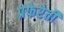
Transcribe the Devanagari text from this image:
प्रेफेरेती